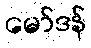
မော်ဒန်